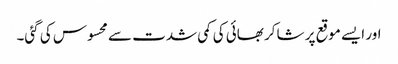
اور ایسے موقع پر شاکر بھائی کی کمی شدت سے محسوس کی گئی۔